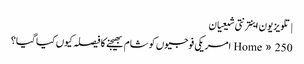
| تلویزیون اینترنتی شیعیان
Home » 250 امریکی فوجیوں کو شام بھیجنے کا فیصلہ کیوں کیا گیا؟